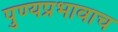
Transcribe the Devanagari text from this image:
पुण्यप्रभावाच